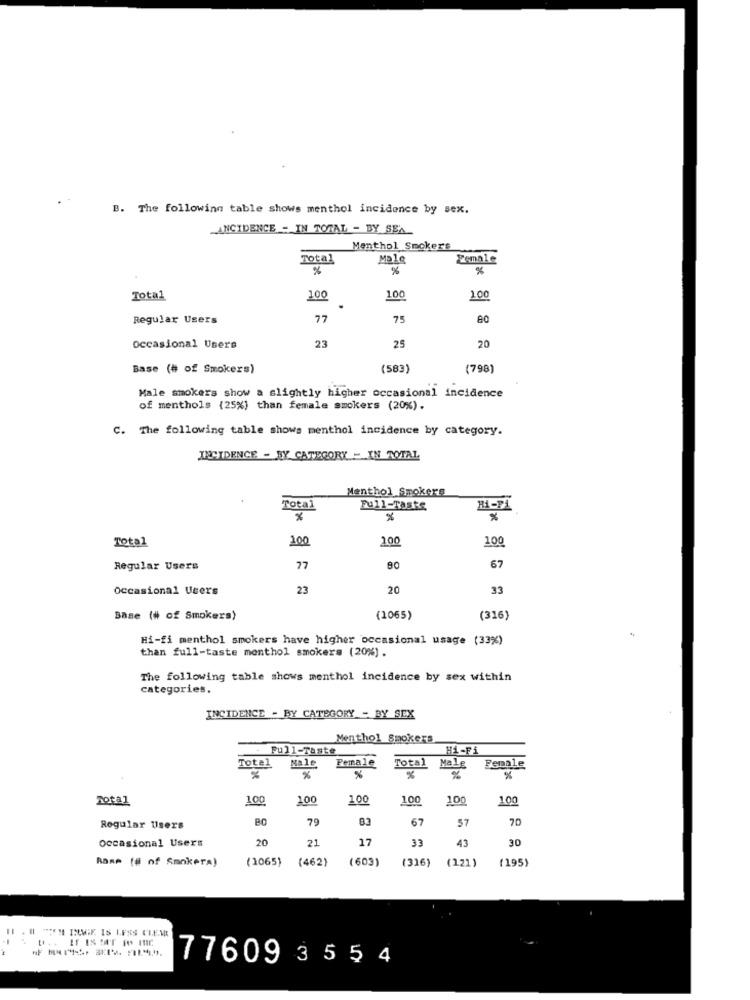
B. The following table shows menthol incidence by sex.
ANCIDENCE - IN TOTAL - BY SEA
Menthol Smokers
Total
Male
Female
%
%
Total
100
100
100
.
Regular Users
77
75
23
25
20
Occasional Users
Base (# of Smokers)
(583)
(798)
Male smokers show a slightly higher occasional incidence
of menthols (25%} than female smokers (20%).
C. The following table shows menthol incidence by category.
INCIDENCE - BY CATEGORY - IN TOTAL
Menthol Smokers
Total
Full-Taste
Ri-PA
%
Total
100
200
100
Regular Users
77
80
67
Occasional Users
23
20
33
Base (# of Smokers)
(1065)
(316)
Hi-fi menthol smokers have higher occasional usage (33%)
than full-taste monthol smokers (20%).
The following table shows menthol incidence by sex within
categories.
INCIDENCE - BY CATEGORY - BY SEX
Menthol Smokers
Full-Taste
Hi-Fi
Total
Female
Female
Male
Total Malg
Male
%
%
% %
%
Total
100
100
100
100
100
100
BO
79
03
67
57
70
Regular Users
occasional Users
20
21
17
33
43
30
(€09 )
Rans [# of Smokera)
(1065)
(462)
(316)
(121)
(195)
11 . II "ZN BLMGF. IS LESS CLEM
77609